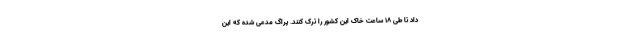
داد تا طی ۱۸ ساعت خاک این کشور را ترک کنند. پراگ مدعی شده که این